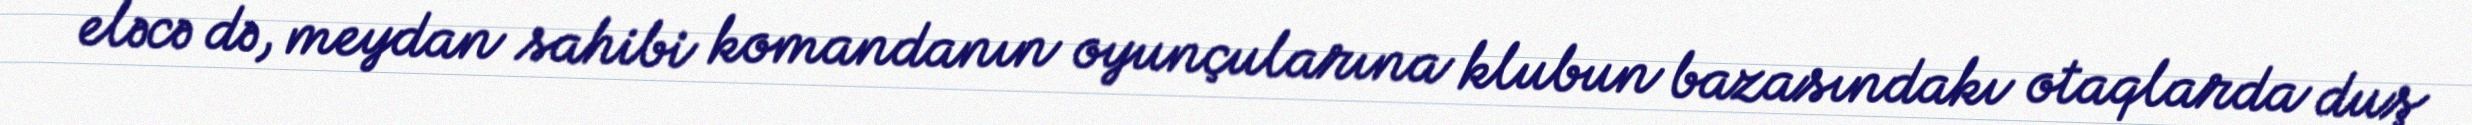
eləcə də, meydan sahibi komandanın oyunçularına klubun bazasındakı otaqlarda duş